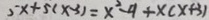
5 x + 5 ( x - 3 ) = x ^ { 2 } - 9 + x ( x + 3 )